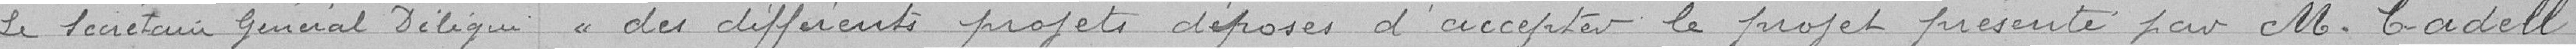
le secrétaire général délégué des différents projets déposés d'accepter le projet présenté par M. Cadell.